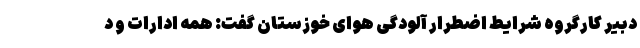
دبیر کارگروه شرایط اضطرار آلودگی هوای خوزستان گفت: همه ادارات و د